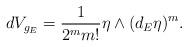
LaTeX: \begin{align*}dV_{g_E}=\frac{1}{2^mm!}\eta\wedge(d_E\eta)^m.\end{align*}